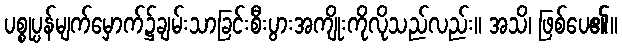
ပစ္စုပ္ပန်မျက်မှောက်၌ချမ်းသာခြင်းစီးပွားအကျိုးကိုလိုသည်လည်း။ အသိ၊ ဖြစ်ပေ၏။